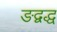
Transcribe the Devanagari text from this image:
ङद्वद्ध